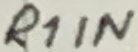
Text: R1IN